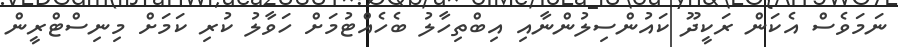
ނަމަވެސް އެކަން ރަކީދޫ ކައުންސިލުންނާއި އިބްތިހާލު ބެހެއްޓުމަށް ހަވާލު ކުރި ކަމަށް މިނިސްޓްރީން